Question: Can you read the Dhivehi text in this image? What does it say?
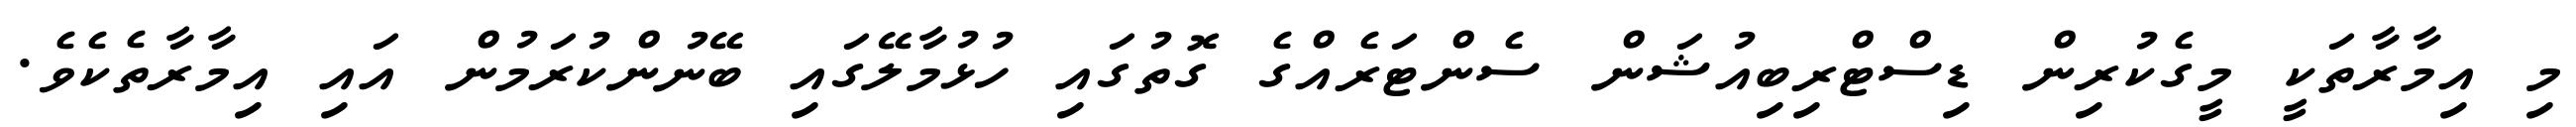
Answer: މި އިމާރާތަކީ މީގެކުރިން ޑިސްޓްރިބިއުޝަން ސެންޓަރެއްގެ ގޮތުގައި ހުޅުމާލޭގައި ބޭނުންކުރަމުން އައި އިމާރާތެކެވެ.